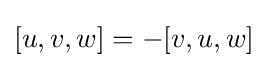
[u,v,w]=-[v,u,w]